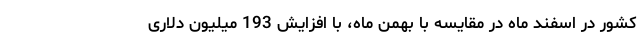
کشور در اسفند ماه در مقایسه با بهمن ماه، با افزایش 193 میلیون دلاری